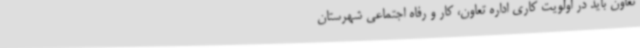
تعاون باید در اولویت کاری اداره تعاون، کار و رفاه اجتماعی شهرستان